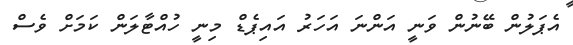
އެޕަލުން ބޭނުން ވަނީ އަންނަ އަހަރު އައިޕެޑް މިނީ ހުއްޓާލަން ކަމަށް ވެސް